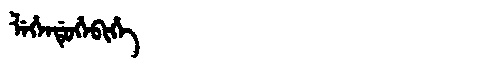
Manchu: ᠯᡝᡥᡝᠨᡩᡠᡥᡝᠪᡳᡥᡝ
Romanization: LEHENDUHEBIHE